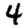
Digit: 4